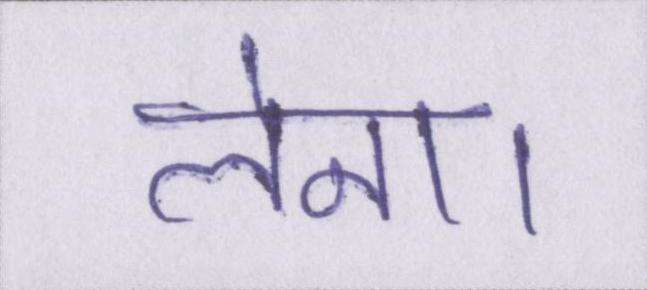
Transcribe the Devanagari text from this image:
लेना।